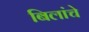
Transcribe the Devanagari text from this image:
बिलांचे